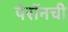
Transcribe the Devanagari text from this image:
पेरॉनची